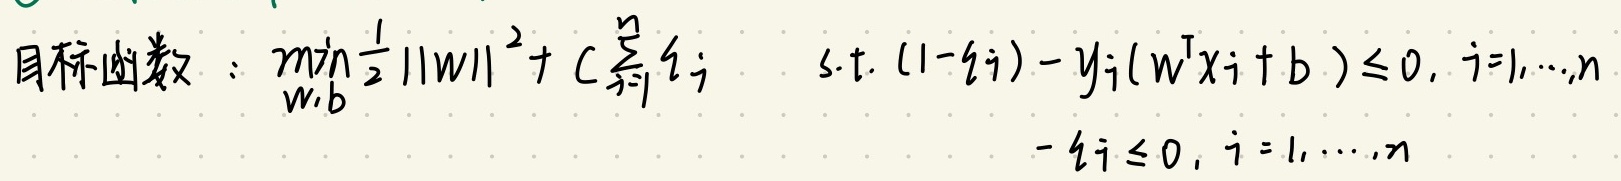
目标函数：$\min_{w,b} \frac{1}{2} \| w \|^2 + C \sum_{i=1}^{n} \xi_i \quad \text{s.t.} \ (1 - \xi_i) - y_i (w^T x_i + b) \leq 0, \ i = 1, \cdots, n \\ -\xi_i \leq 0, \ i = 1, \cdots, n$